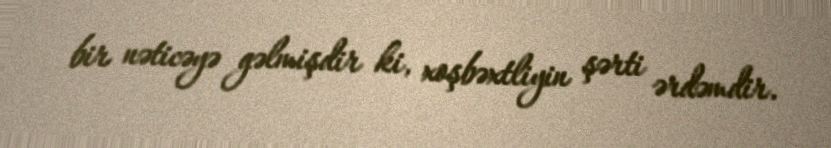
bir nəticəyə gəlmişdir ki, xoşbəxtliyin şərti ərdəmdir.